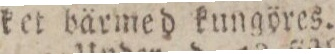
ket bärmed kungöres.